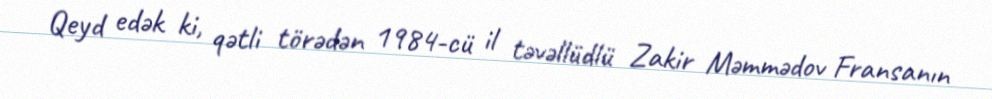
Qeyd edək ki, qətli törədən 1984-cü il təvəllüdlü Zakir Məmmədov Fransanın